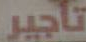
تأجير